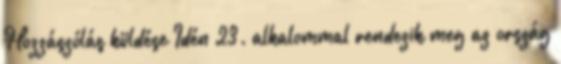
Hozzászólás küldése Idén 23. alkalommal rendezik meg az ország